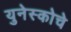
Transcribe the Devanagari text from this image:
युनेस्‍कोचे